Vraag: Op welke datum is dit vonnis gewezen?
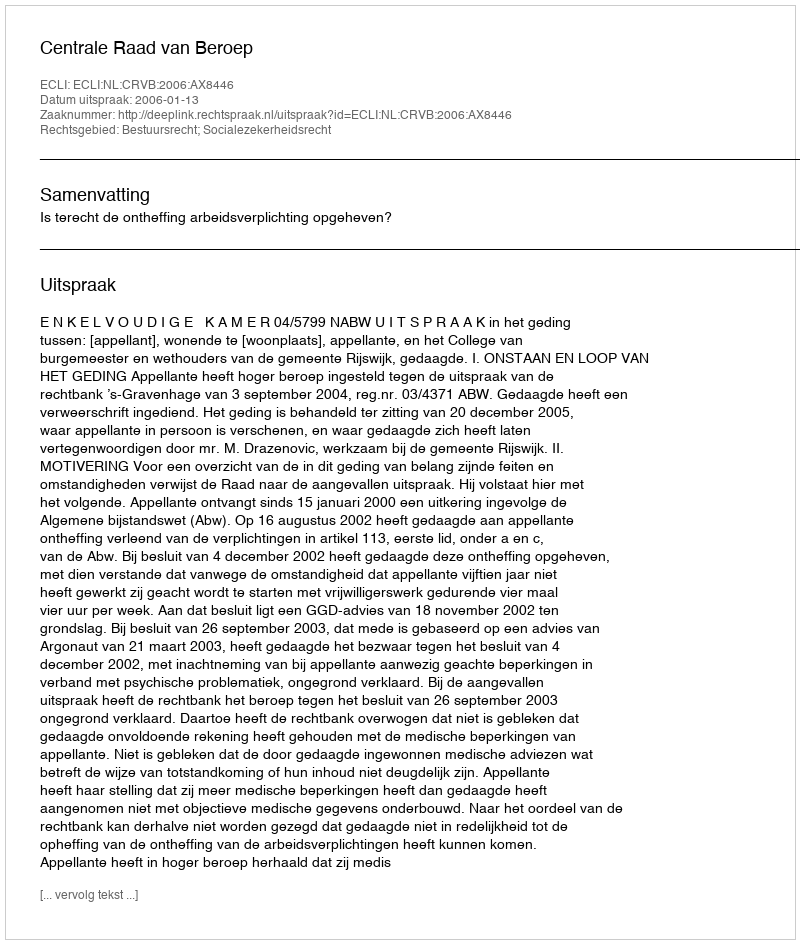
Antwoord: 2006-01-13